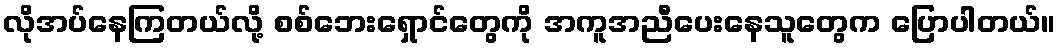
လိုအပ်နေကြတယ်လို့ စစ်ဘေးရှောင်တွေကို အကူအညီပေးနေသူတွေက ပြောပါတယ်။